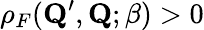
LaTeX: \rho_{F}(\mathbf{Q}^{\prime},\mathbf{Q};\beta)>0